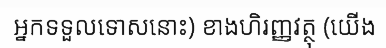
អ្នកទទួលទោសនោះ) ខាងហិរញ្ញវត្ថុ (យើង